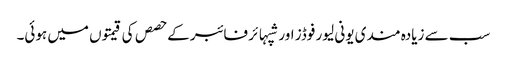
سب سے زیادہ مندی یونی لیور فوڈز اور شپہائر فائبر کے حصص کی قیمتوں میں ہوئی۔